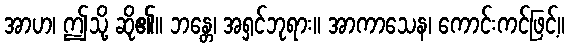
အာဟ၊ ဤသို့ ဆို၏။ ဘန္တေ၊ အရှင်ဘုရား။ အာကာသေန၊ ကောင်းကင်ဖြင့်။